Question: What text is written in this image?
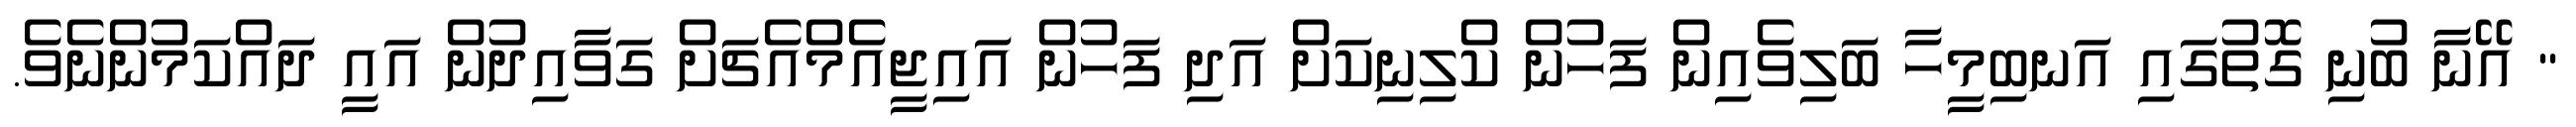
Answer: " އޭނާ ބުނި ގޮތުގައި އަނބިމީހާ ބަލިވެއިން ފަހުން ކްލިނިކަށް އަދި ފަހުން އައިޖީއެމްއެޗަށް ގަވާއިދުން އައީ ދައްކަމުންނެވެ.